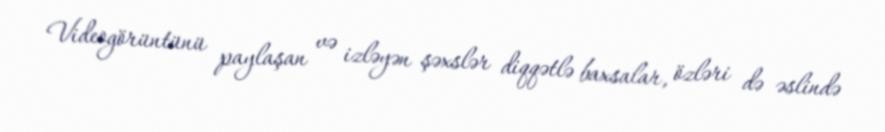
Videogörüntünü paylaşan və izləyən şəxslər diqqətlə baxsalar, özləri də əslində